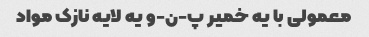
معمولی با یه خمیر پ-ن-و یه لایه نازک مواد